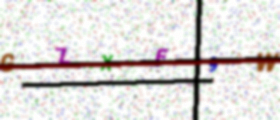
Text: GZXE9W